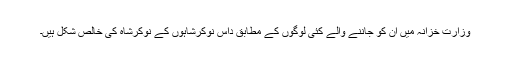
وزارت خزانہ میں ان کو جاننے والے کئی لوگوں کے مطابق داس نوکرشاہوں کے نوکرشاہ کی خالص شکل ہیں۔